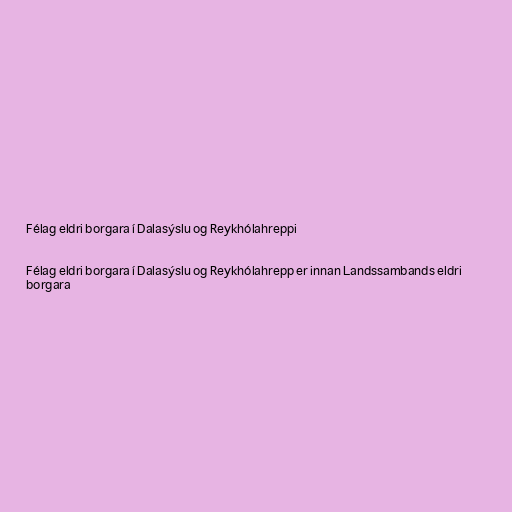
Félag eldri borgara í Dalasýslu og Reykhólahreppi

Félag eldri borgara í Dalasýslu og Reykhólahrepp er innan Landssambands eldri
borgara